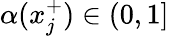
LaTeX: \alpha(x_{j}^{+})\in(0,1]